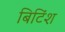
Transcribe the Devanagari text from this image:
बिटिंश